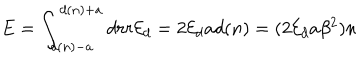
E = \int _ { d ( n ) - a } ^ { d ( n ) + a } d r r { \cal E } _ { d } = 2 { \cal E } _ { d } a d ( n ) = ( 2 { \cal E } _ { d } a \beta ^ { 2 } ) n